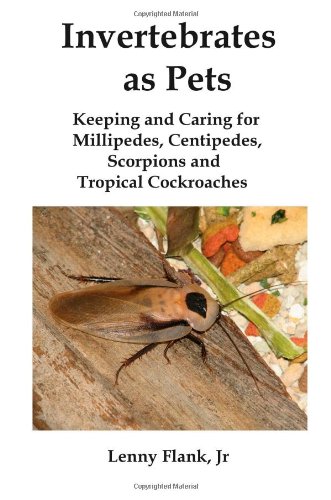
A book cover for Invertebrates as Pets: Keeping and Caring for Millipedes, Centipedes, Scorpions and Tropical Cockroaches; Lenny Jr. Flank; Crafts, Hobbies & Home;